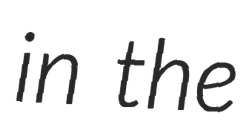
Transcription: in the